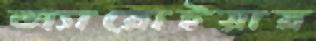
অ্যারোইয়ার